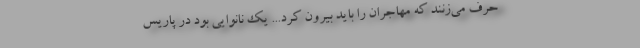
حرف می‌زنند که مهاجران را باید بیرون کرد... یک نانوایی بود در پاریس